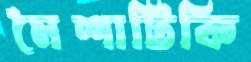
মৈশাটিকি